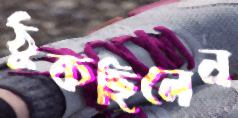
ঠুকছিলেন